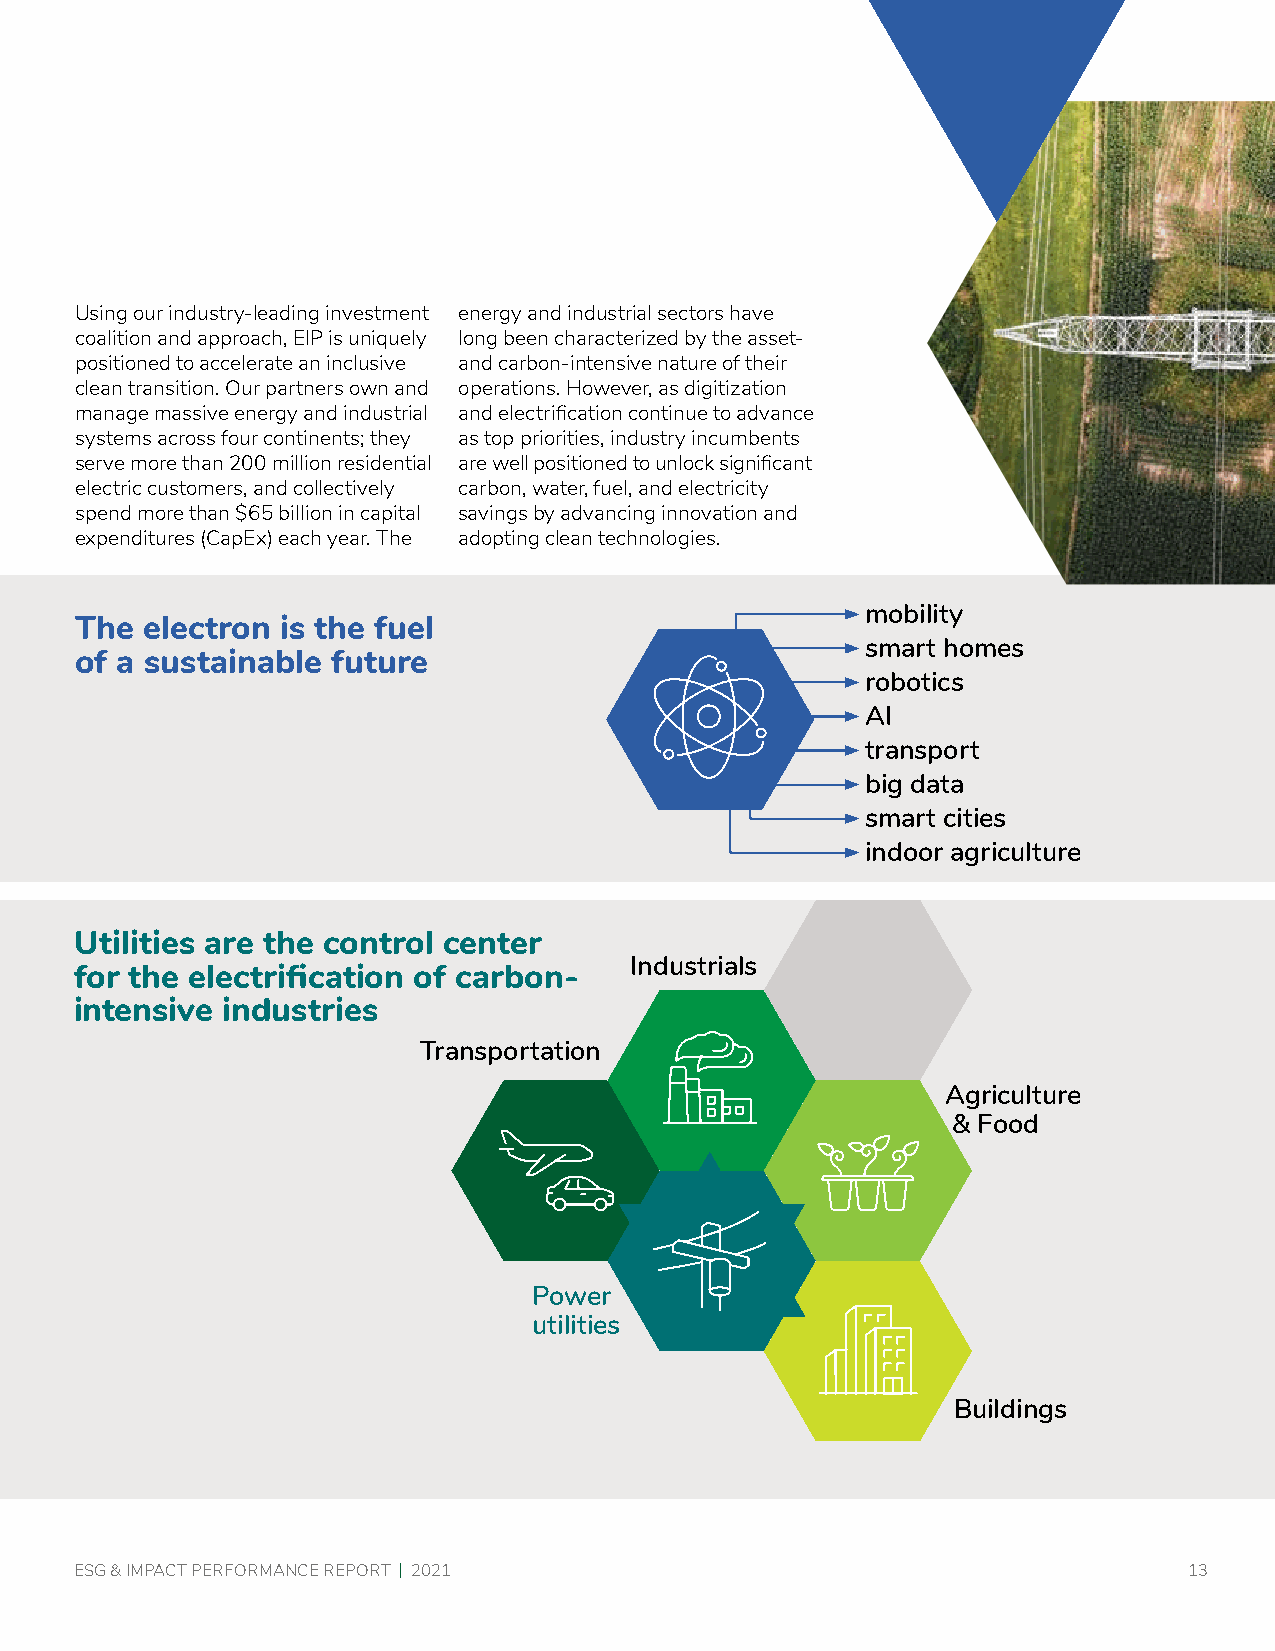
Using our industry-leading investment energy and industrial sectors have
 coalition and approach, EIP is uniquely long been characterized by the asset-
 positioned to accelerate an inclusive and carbon-intensive nature of their
 clean transition. Our partners own and operations. However, as digitization
 manage massive energy and industrial and electrification continue to advance
 systems across four continents; they as top priorities, industry incumbents
 serve more than 200 million residential are well positioned to unlock significant
 electric customers, and collectively carbon, water, fuel, and electricity
 spend more than $65 billion in capital savings by advancing innovation and
 expenditures (CapEx) each year. The adopting clean technologies.
 mobility
 The electron  is the fuel
 smart homes
 of a sustainable future
 robotics
 AI
 transport
 big data
 smart cities
 indoor agriculture
 Utilities are the control center
 Industrials
 for the electrification of carbon-
 intensive industries
 Transportation
 Agriculture
 Power
 & Food
 utilities
 Power
 utilities
 Buildings
 ESG & IMPACT PERFORMANCE REPORT | 2021                                    13